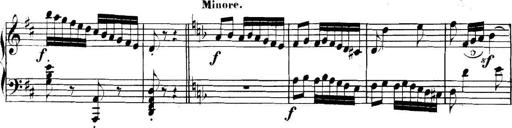
Title: Collected Piano Sonatas
Composer: Muzio Clementi